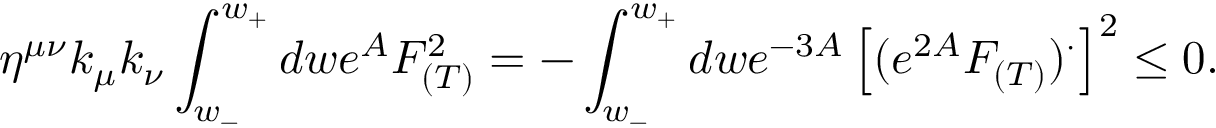
\eta ^ { \mu \nu } k _ { \mu } k _ { \nu } \int _ { w _ { - } } ^ { w _ { + } } d w e ^ { A } F _ { ( T ) } ^ { 2 } = - \int _ { w _ { - } } ^ { w _ { + } } d w e ^ { - 3 A } \left[ ( e ^ { 2 A } F _ { ( T ) } ) ^ { \cdot } \right] ^ { 2 } \leq 0 .